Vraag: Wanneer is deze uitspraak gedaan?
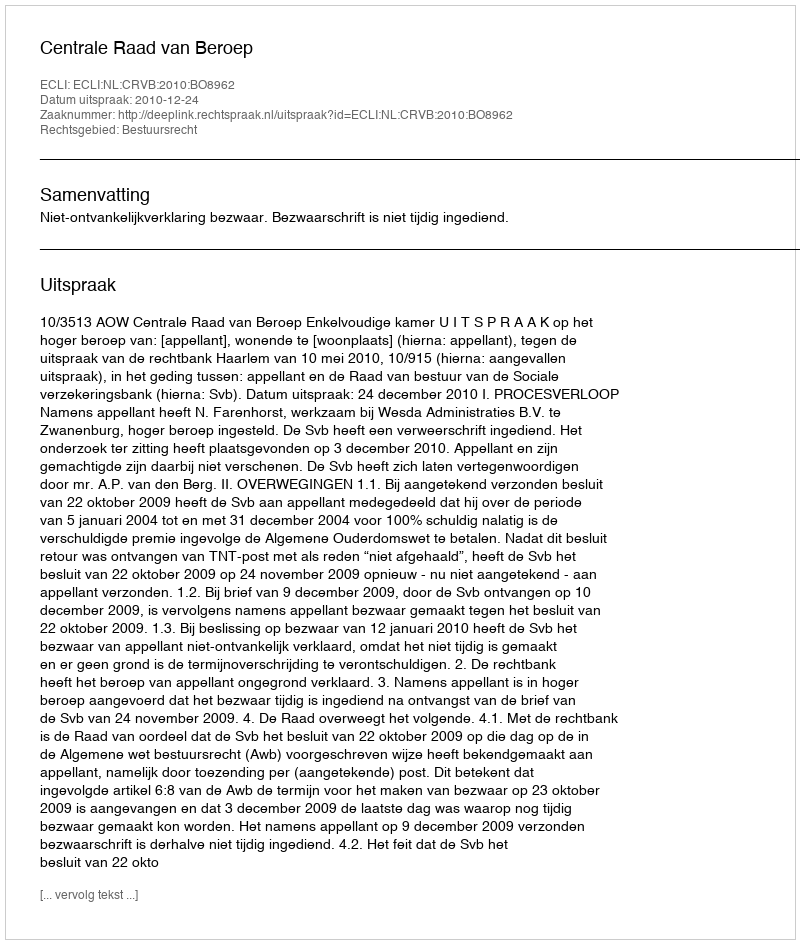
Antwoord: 2010-12-24